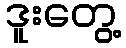
ဒူးတွေ့